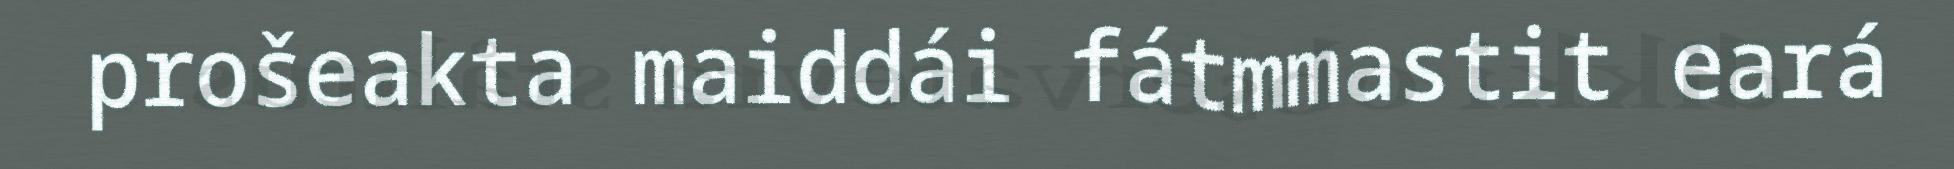
prošeakta maiddái fátmmastit eará